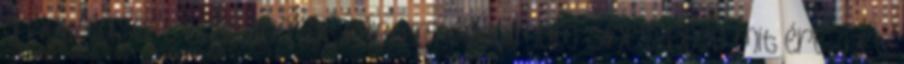
a kiabálásért bocsánatot kértem. Fogalmam sincs, hogy mit érezhet,